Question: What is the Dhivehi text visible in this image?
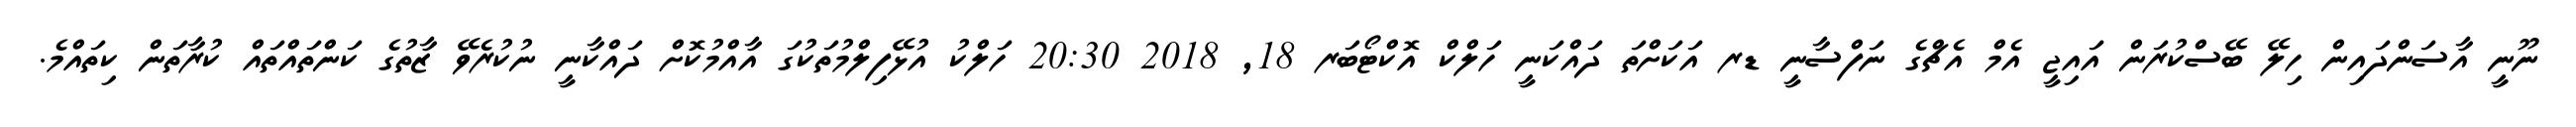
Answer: ނޫނީ އާސަންދައިން ހިލޭ ބޭސްކުރަން އައިޖީ އެމް އެޗްގެ ނަފްސާނީ ޑރ އަކަށްތަ ދައްކަނީ ހަލްކް އޮކްޓޯބަރ 18, 2018 20:30 ހަލްކު އުޅޭފިލްމުތަކުގަ އާއްމުކޮށް ދައްކާނީ ނުކުރެވޭ ޒާތުގެ ކަންތައްތައް ކުރާތަން ކިތައްމެ.